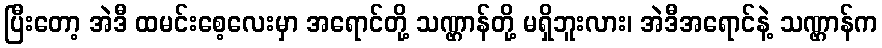
ပြီးတော့ အဲဒီ ထမင်းစေ့လေးမှာ အရောင်တို့ သဏ္ဌာန်တို့ မရှိဘူးလား၊ အဲဒီအရောင်နဲ့ သဏ္ဌာန်က